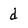
Character: d